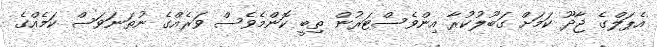
އެޕަލްގެ ޖާދޫ ކަމަށް ގަބޫލުކުރާ އިންވެސްޓަރުން ތިބީ ކޮންމެވެސް ވަރެއްގެ ނުތަނަވަސް ކަމެއްގެ